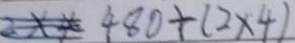
4 8 0 \div ( 2 \times 4 )